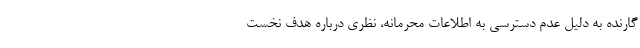
گارنده به دلیل عدم دسترسی به اطلاعات محرمانه، نظری درباره هدف نخست